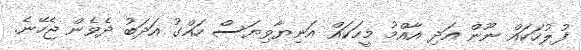
ފުލުހަކައް ނޫން އަދި އާއްމު މީހަކައް އަނިޔާވިޔަސް ހައްގު އަދަބު ދެވެން ޖެހޭނެ.